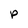
Character: P